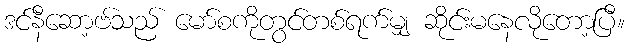
ဒင်နီဆော့ဗ်သည် မော်စကိုတွင်တစ်ရက်မျှ ဆိုင်းမနေလိုတော့ပြီ။